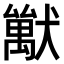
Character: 𤢚